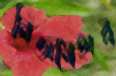
নিজমেহার